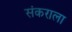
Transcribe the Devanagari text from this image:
संकराला